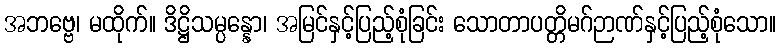
အဘဗ္ဗေ၊ မထိုက်။ ဒိဋ္ဌိသမ္ပန္နော၊ အမြင်နှင့်ပြည့်စုံခြင်း သောတာပတ္တိမဂ်ဉာဏ်နှင့်ပြည့်စုံသော။